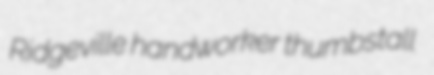
Ridgeville handworker thumbstall